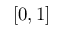
[ 0 , 1 ]